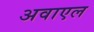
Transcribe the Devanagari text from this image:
अवाएल